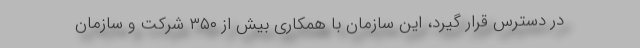
در دسترس قرار گیرد، این سازمان با همکاری بیش از ۳۵۰ شرکت و سازمان